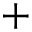
+